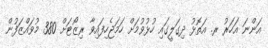
އަންނަ އަހަރު ރ. އަތޮޅު ދިގަލީގައި ހުޅުވުމަށް ހަމަޖެހިފައިވާ ރިޒޯޓަށް 380 މުވައްޒަފުން